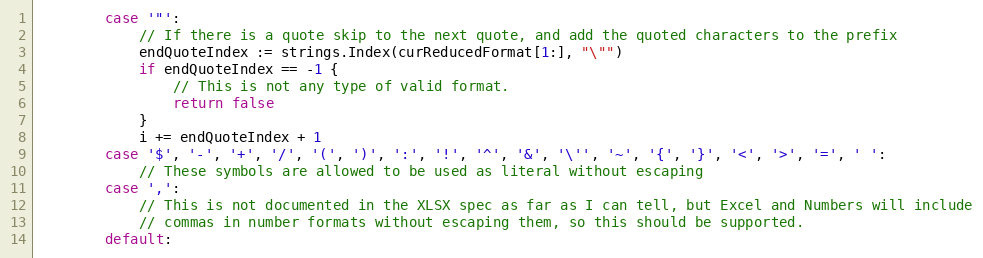
Language: Go
		case '"':
			// If there is a quote skip to the next quote, and add the quoted characters to the prefix
			endQuoteIndex := strings.Index(curReducedFormat[1:], "\"")
			if endQuoteIndex == -1 {
				// This is not any type of valid format.
				return false
			}
			i += endQuoteIndex + 1
		case '$', '-', '+', '/', '(', ')', ':', '!', '^', '&', '\'', '~', '{', '}', '<', '>', '=', ' ':
			// These symbols are allowed to be used as literal without escaping
		case ',':
			// This is not documented in the XLSX spec as far as I can tell, but Excel and Numbers will include
			// commas in number formats without escaping them, so this should be supported.
		default: